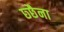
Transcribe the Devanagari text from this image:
छ्छैना